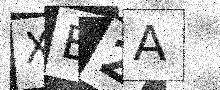
Text: XB2A